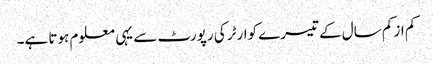
کم از کم سال کے تیسرے کوارٹر کی رپورٹ سے یہی معلوم ہوتا ہے۔